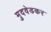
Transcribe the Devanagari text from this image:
मुदवेडकर